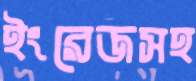
ইংরেজসহ